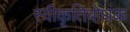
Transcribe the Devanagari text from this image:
स्वीकृतिबोधक